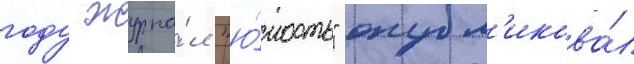
году журна́л "ю́ность" опубл'икова́л